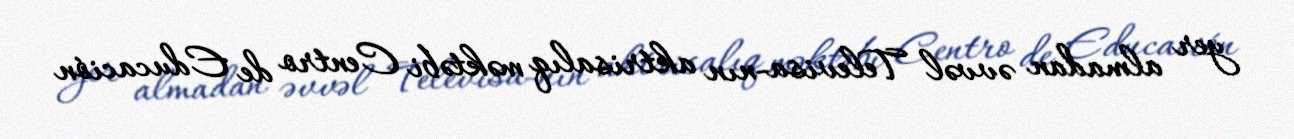
yer almadan əvvəl Televisa-nın aktrisalıq məktəbi Centro de Educación